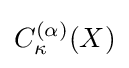
C_{\kappa }^{(\alpha )}(X)